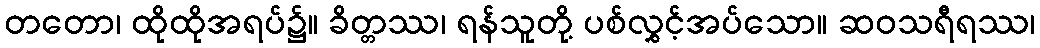
တတော၊ ထိုထိုအရပ်၌။ ခိတ္တဿ၊ ရန်သူတို့ ပစ်လွှင့်အပ်သော။ ဆဝသရီရဿ၊